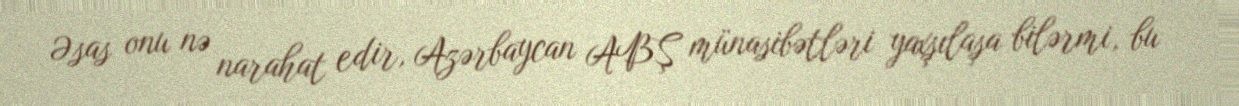
Əsas onu nə narahat edir, Azərbaycan ABŞ münasibətləri yaxşılaşa bilərmi, bu